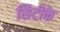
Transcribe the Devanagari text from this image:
सिटीके